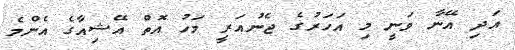
އަދި އޭނާ ވަނީ މި އަހަރުގެ ޖެނުއަރީ މަހު އޮތް އޭޝިއާގެ އެންމެ